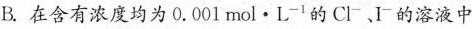
B.在含有浓度均为0.001mol\cdot L^{-1}的Cl^{-}、I^{-}的溶液中